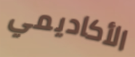
الأكاديمي